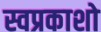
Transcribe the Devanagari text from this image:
स्वप्रकाशो